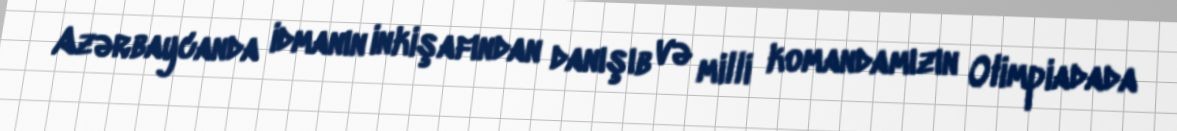
Azərbaycanda idmanın inkişafından danışıb və milli komandamızın Olimpiadada